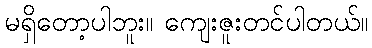
မရှိတော့ပါဘူး။ ကျေးဇူးတင်ပါတယ်။